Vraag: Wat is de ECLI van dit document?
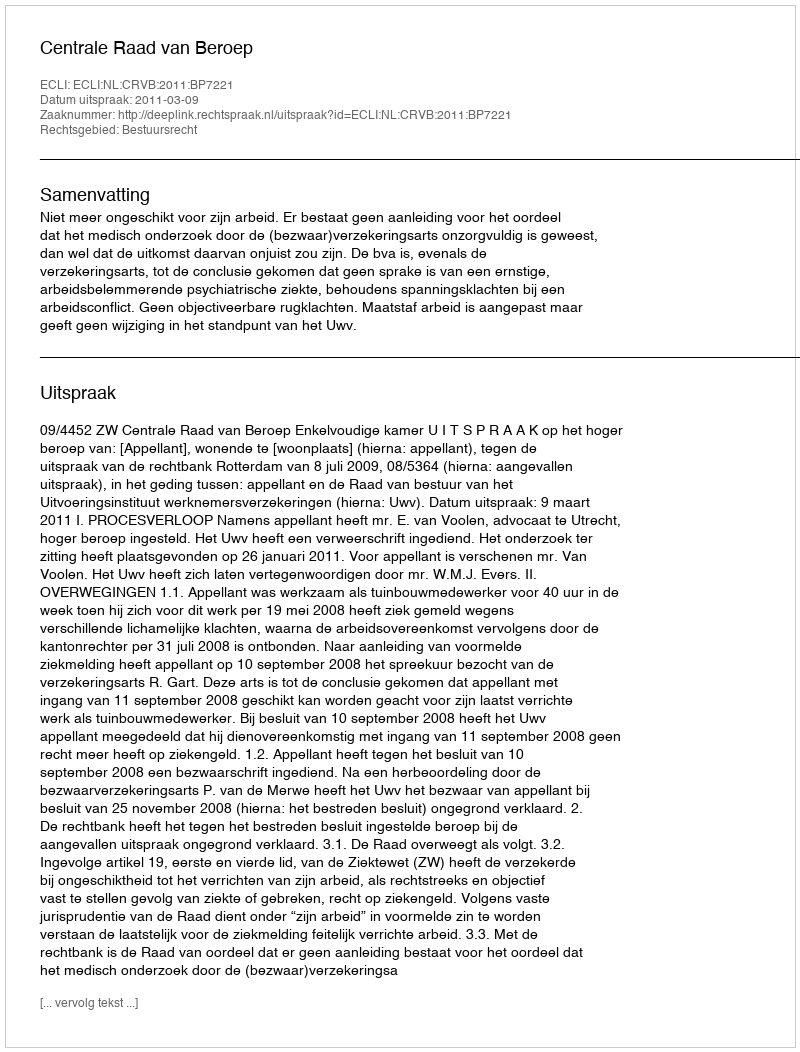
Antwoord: ECLI:NL:CRVB:2011:BP7221